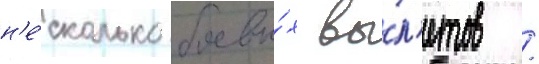
н'е́сколько боевы́х вы́л'етов /